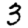
Digit: 3